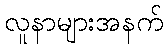
လူနာများအနက်